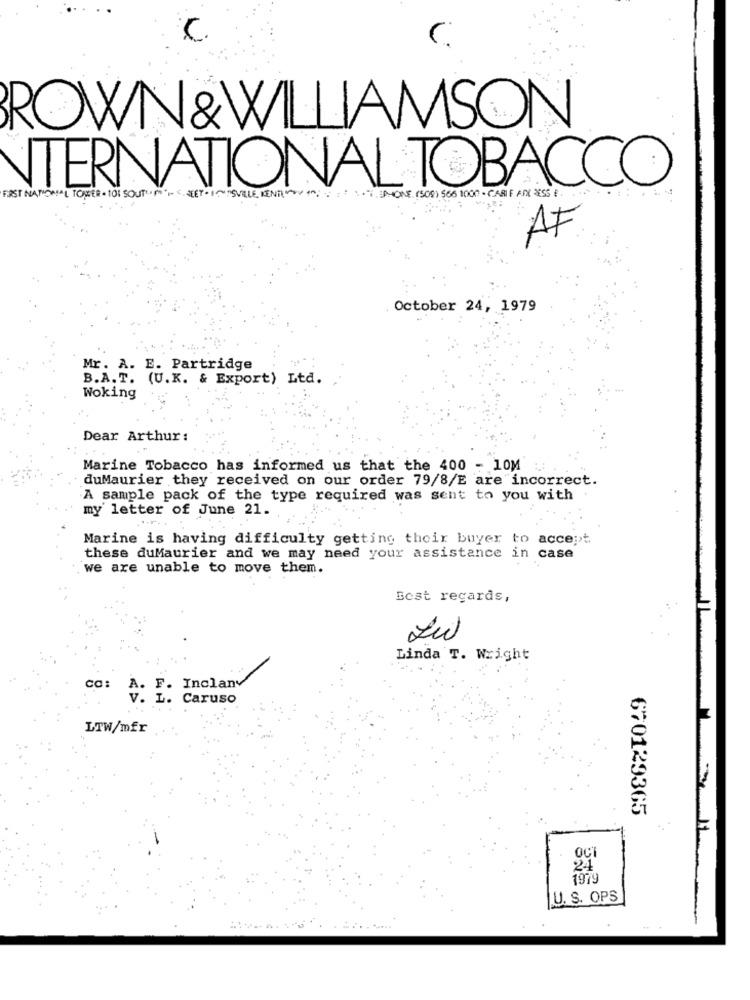
ROWN &WILLIAMSON
TERNATIONAL TOBACCO
FIRST NATIONAL TOWER - 101 SOUT
I'M C NET. IT'SVILLE KENT ^^: : : : : PHONE (50) 566 1000 - CARIE 355
AF
October 24, 1979
Mr. A. E. Partridge
B.A. T. (U.K. & Export) Ltd.
Woking
Dear Arthur:
Marine Tobacco has informed us that the 400 - 10M
duMaurier they received on our order 79/8/E are incorrect.
A sample pack of the type required was sent to you with
my letter of June 21.
Marine is having difficulty getting their buyer to accept
these duMaurier and we may need your assistance in case
we are unable to move them.
Best regards,
Linda T. Wright
CC:
A. F. Incland
V. L. Caruso
LTW/mfr
670129365
OCT
24
1979
U. S. OPS